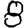
Digit: 8